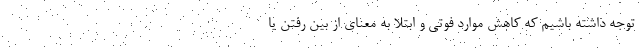
توجه داشته باشیم که کاهش موارد فوتی و ابتلا به معنای از بین رفتن یا